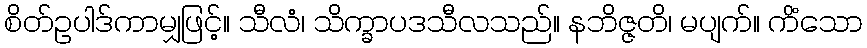
စိတ်ဥပါဒ်ကာမျှဖြင့်။ သီလံ၊ သိက္ခာပဒသီလသည်။ နဘိဇ္ဇတိ၊ မပျက်။ ကိံသော